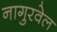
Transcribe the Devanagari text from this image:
नागुरवेल